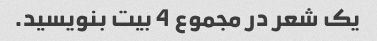
یک شعر در مجموع 4 بیت بنویسید.